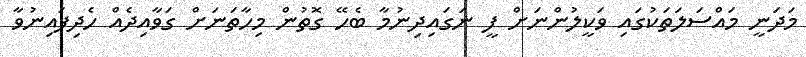
މަދަނީ މައްސަލަތަކުގައި ވަކީލުންނަށް ފީ ނަގައިދިނުމާ ބެހޭ ގޮތުން މިހާތަނަށް ގަވާއިދެއް ހެދިފައިނުވާ